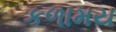
કળામય